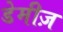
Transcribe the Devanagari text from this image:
डेमीज़